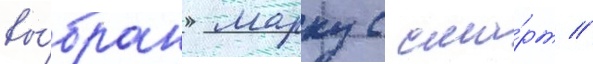
вы́бран маркус сма́рт //